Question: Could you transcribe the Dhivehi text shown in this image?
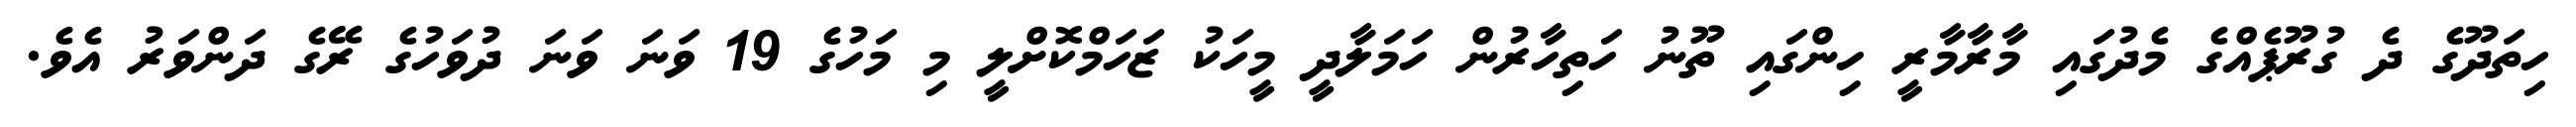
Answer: ހިތަދޫގެ ދެ ގުރޫޕެއްގެ މެދުގައި މާރާމާރީ ހިންގައި ތޫނު ހަތިހާރުން ހަމަލާދީ މީހަކު ޒަހަމްކޮށްލީ މި މަހުގެ 19 ވަނަ ވަނަ ދުވަހުގެ ރޭގެ ދަންވަރު އެވެ.